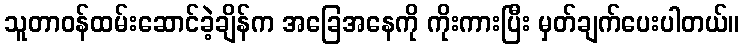
သူတာဝန်ထမ်းဆောင်ခဲ့ချိန်က အခြေအနေကို ကိုးကားပြီး မှတ်ချက်ပေးပါတယ်။